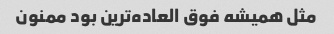
مثل همیشه فوق العاده‌ترین بود ممنون